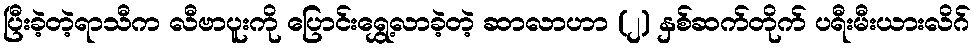
ပြီးခဲ့တဲ့ရာသီက လီဗာပူးကို ပြောင်းရွှေ့လာခဲ့တဲ့ ဆာလာဟာ (၂) နှစ်ဆက်တိုက် ပရီးမီးယားလိဂ်